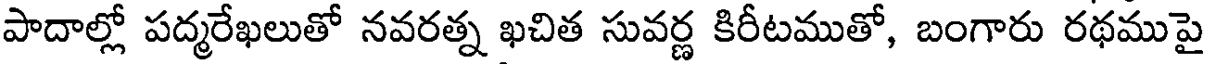
పాదాల్లో పద్మరేఖలుతో నవరత్న ఖచిత సువర్ణ కిరీటముతో, బంగారు రథముపై